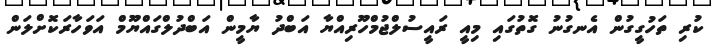
ކުރި ތަހުގީގުން އެނގުނު ގޮތުގައި މިއީ ރައީސުލްޖުމްހޫރިއްޔާ އަބްދު ޔާމީން އަބްދުލްގައްޔޫމް އަވަހާރަކޮށްލަން